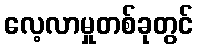
လေ့လာမှုတစ်ခုတွင်